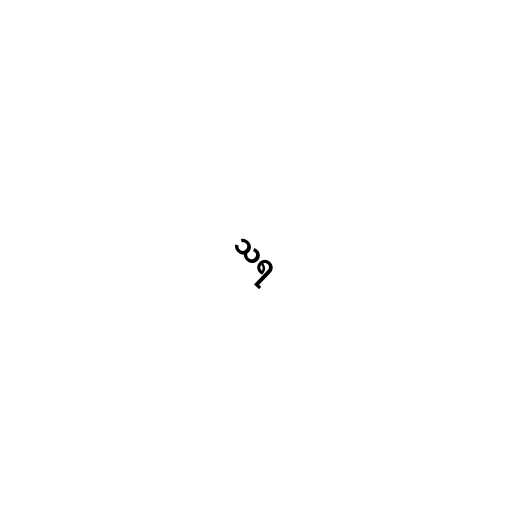
သရ